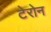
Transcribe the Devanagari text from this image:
टेरोन